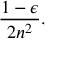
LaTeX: { \frac { 1 - \epsilon } { 2 n ^ { 2 } } } .